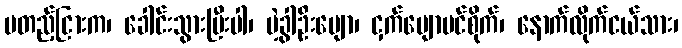
မတည့်ငြားက၊ ခေါင်းသွားမြီးပါ၊ ပဲ့ခွါဦးမျော၊ ငှက်ပျောပင်စိုက်၊ နောက်လိုက်ငယ်သား၊